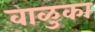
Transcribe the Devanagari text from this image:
वाळुका